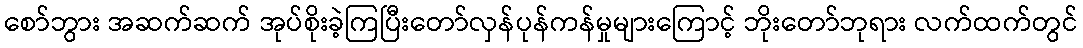
စော်ဘွား အဆက်ဆက် အုပ်စိုးခဲ့ကြပြီးတော်လှန်ပုန်ကန်မှုများကြောင့် ဘိုးတော်ဘုရား လက်ထက်တွင်